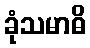
ခုံသမာဓိ